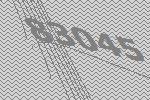
83045